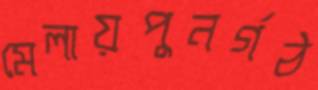
মেলায়পুনর্গঠ